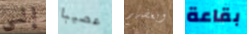
إلى عصيبا وبعضهم بقاعة